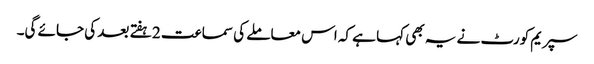
سپریم کورٹ نے یہ بھی کہا ہے کہ اس معاملے کی سماعت 2 ہفتے بعد کی جائے گی۔